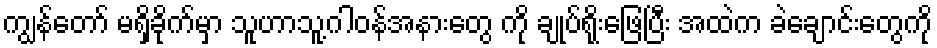
ကျွန်တော် မရှိခိုက်မှာ သူဟာသူ့ဂါဝန်အနားတွေ ကို ချုပ်ရိုးဖြေပြီး အထဲက ခဲချောင်းတွေကို